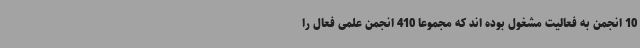
10 انجمن به فعالیت مشغول بوده اند که مجموعاً 410 انجمن علمی فعال را